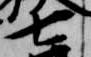
七